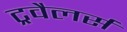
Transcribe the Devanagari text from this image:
ट्रवैलर्स